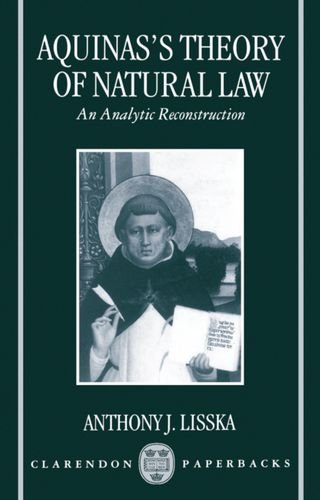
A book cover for Aquinas's Theory of Natural Law: An Analytic Reconstruction; Anthony J. Lisska; Law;